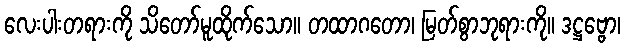
လေးပါးတရားကို သိတော်မူထိုက်သော။ တထာဂတော၊ မြတ်စွာဘုရားကို။ ဒဋ္ဌဗ္ဗော၊